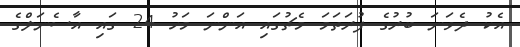
އެކު ދެވަނަ ބުރުގެ ފުރަތަމަ މެޗުގައި އަންނަ މަހު 24 ގައި އާސެނަލްގެ